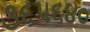
૩૬૫૬૪૦